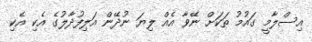
އިސްލާމީ ގައުމު ތަކަށް ނޭވާ އެއް ލިޔަ ނުދޭން އަލިފުދާލުގެ އެކި އެކި